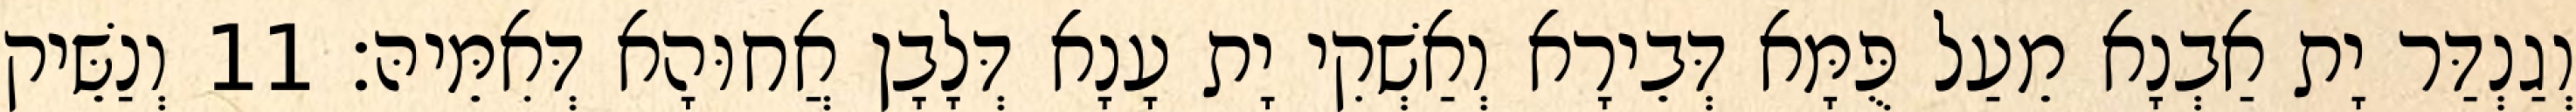
וְגַנְדַּר יָת אַבְנָא מֵעַל פֻּמָּא דְּבֵירָא וְאַשְׁקִי יָת עָנָא דְּלָבָן אֲחוּהָא דְּאִמֵּיהּ׃ 11 וְנַשֵּׁיק